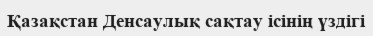
Қазақстан Денсаулық сақтау ісінің үздігі